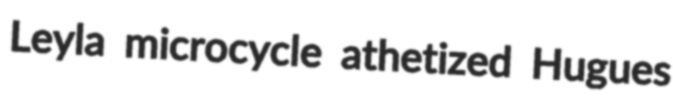
Leyla microcycle athetized Hugues